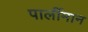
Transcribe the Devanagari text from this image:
पार्लीमान